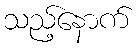
သည့်နောက်